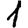
Digit: 1